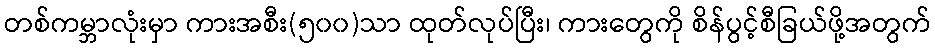
တစ်ကမ္ဘာလုံးမှာ ကားအစီး(၅၀၀)သာ ထုတ်လုပ်ပြီး၊ ကားတွေကို စိန်ပွင့်စီခြယ်ဖို့အတွက်